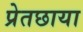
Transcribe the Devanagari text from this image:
प्रेतछाया